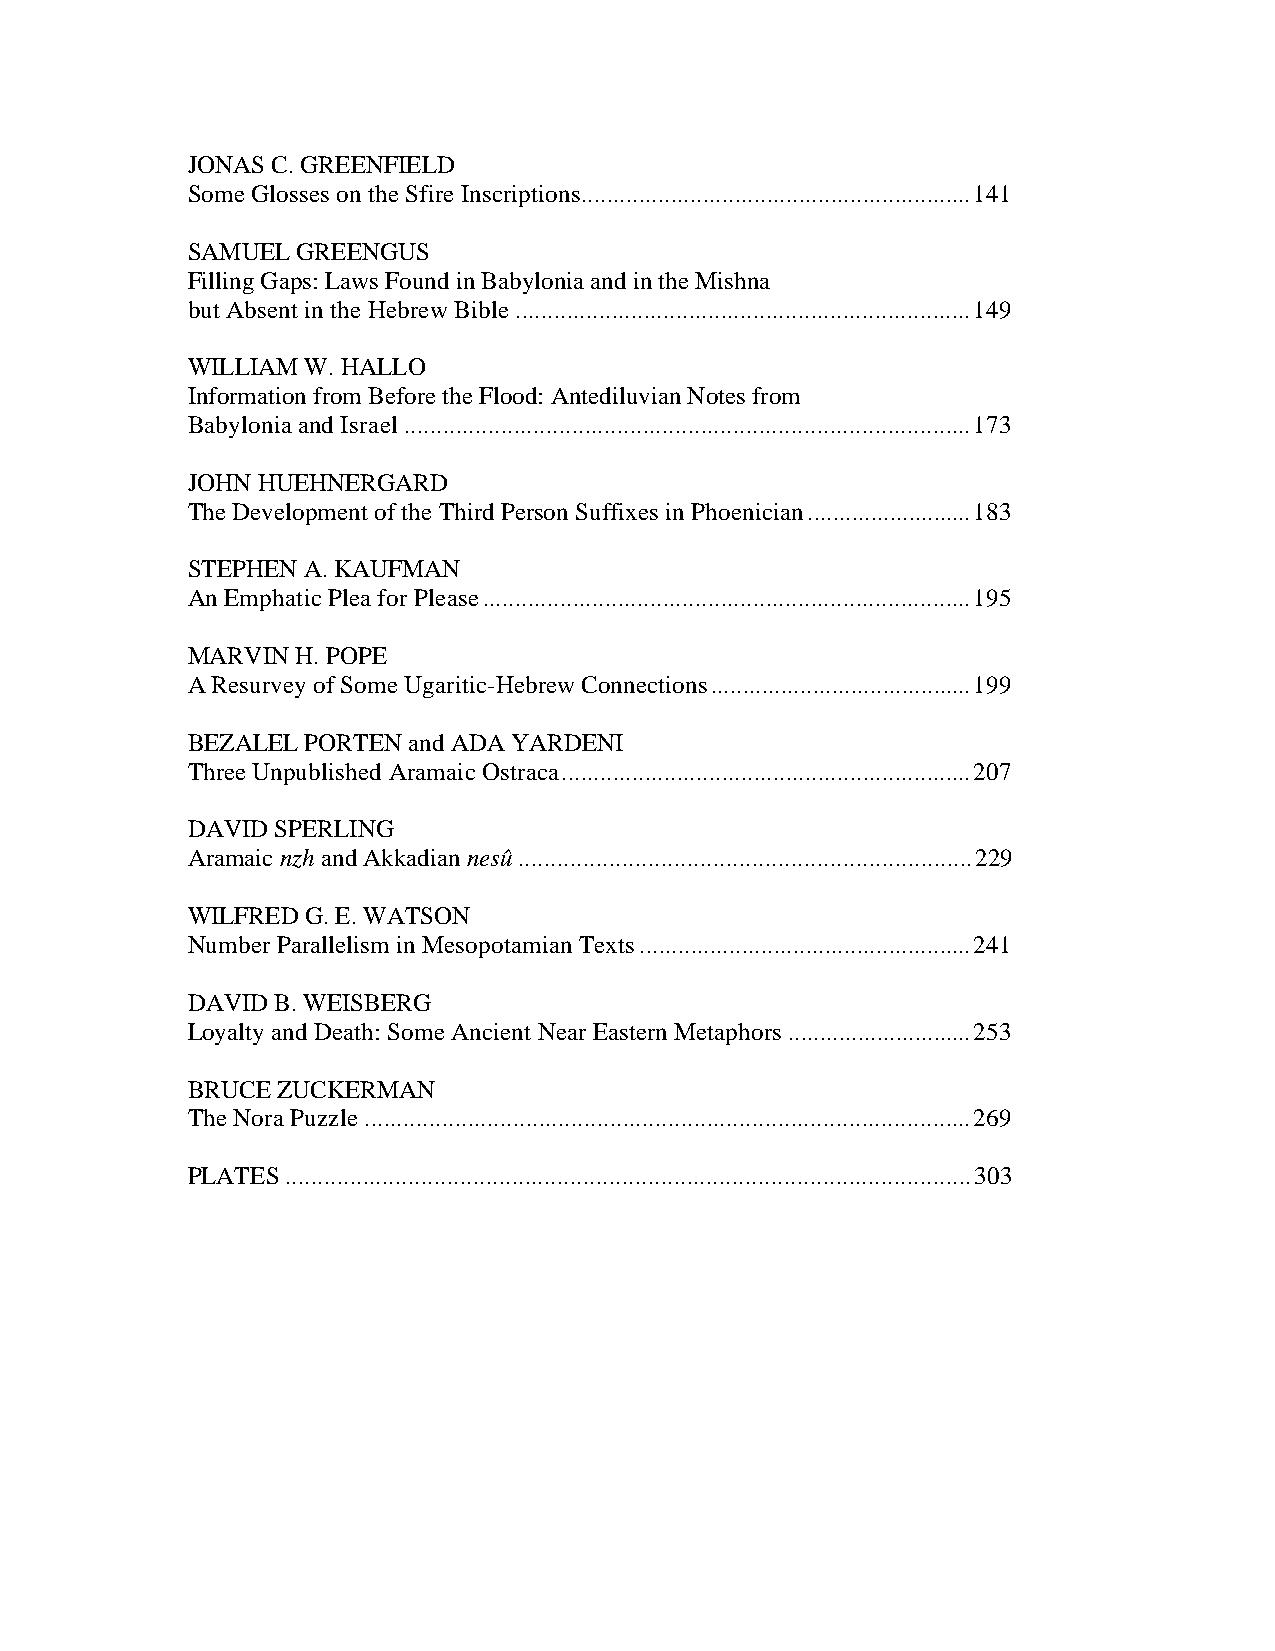
JONAS C. GREENFIELD
 Some Glosses on the Sfire Inscriptions.............................................................141
 SAMUEL  GREENGUS
 Filling Gaps: Laws Found in Babylonia and in the Mishna
 but Absent in the Hebrew Bible .......................................................................149
 WILLIAM W. HALLO
 Information from Before the Flood: Antediluvian Notes from
 Babylonia and Israel........................................................................................173
 JOHN HUEHNERGARD
 The Development of the Third Person Suffixes in Phoenician..........................183
 STEPHEN A. KAUFMAN
 An Emphatic Plea for Please............................................................................195
 MARVIN  H. POPE
 A Resurvey of Some Ugaritic-Hebrew Connections.........................................199
 BEZALEL PORTEN and ADA YARDENI
 Three Unpublished Aramaic Ostraca................................................................207
 DAVID SPERLING
 Aramaic nzh and Akkadian nesû......................................................................229
 WILFRED G. E. WATSON
 Number Parallelism in Mesopotamian Texts....................................................241
 DAVID B. WEISBERG
 Loyalty and Death: Some Ancient Near Eastern Metaphors.............................253
 BRUCE ZUCKERMAN
 The Nora Puzzle..............................................................................................269
 PLATES..........................................................................................................303